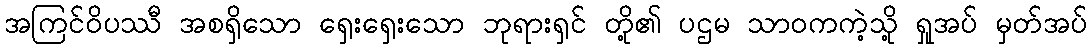
အကြင်ဝိပဿီ အစရှိသော ရှေးရှေးသော ဘုရားရှင် တို့၏ ပဌမ သာဝကကဲ့သို့ ရှုအပ် မှတ်အပ်